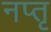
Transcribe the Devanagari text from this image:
नप्तृ